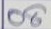
08